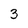
Character: 3